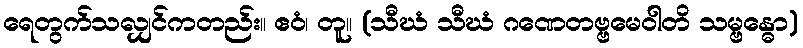
ရေတွက်သလျှင်ကတည်း။ ဧဝံ၊ တူ။ (သီဃံ သီဃံ ဂဏေတဗ္ဗမေဝါတိ သမ္ဗန္ဓော)